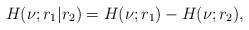
LaTeX: \begin{align*}H(\nu;r_1|r_2)=H(\nu;r_1)-H(\nu;r_2),\end{align*}